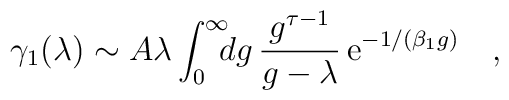
\gamma_1(\lambda)\sim A\lambda\int_0^\infty\!\!\!dg \,{g^{\tau-1}\over g-\lambda}\,{\rm e}^{-1/(\beta_1 g)}\quad,